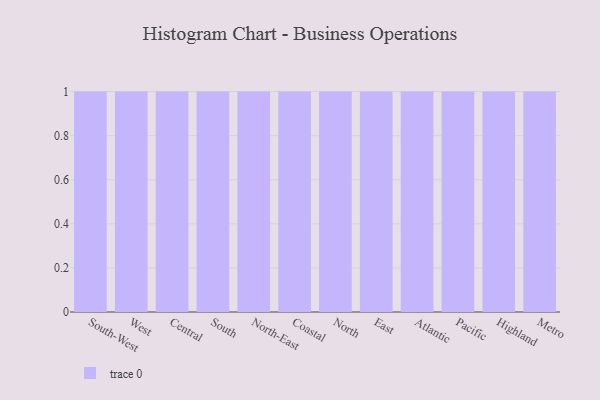
{"axis": {"x": "Region", "y": "Backlog"}, "legend": [""], "data": [{"x": "South-West", "y": 6, "type": ""}, {"x": "West", "y": 89, "type": ""}, {"x": "Central", "y": 22, "type": ""}, {"x": "South", "y": 61, "type": ""}, {"x": "North-East", "y": 83, "type": ""}, {"x": "Coastal", "y": 4, "type": ""}, {"x": "North", "y": 33, "type": ""}, {"x": "East", "y": 54, "type": ""}, {"x": "Atlantic", "y": 50, "type": ""}, {"x": "Pacific", "y": 19, "type": ""}, {"x": "Highland", "y": 46, "type": ""}, {"x": "Metro", "y": 55, "type": ""}]}